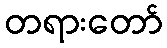
တရားတော်